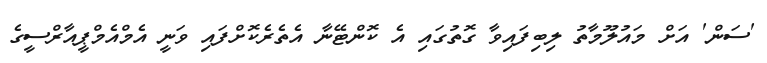
'ސަން' އަށް މައުލޫމާތު ލިބިފައިވާ ގޮތުގައި އެ ކޮންޓޭނާ އެތެރެކޮށްފައި ވަނީ އެމްއެމްޕީއާރްސީގެ